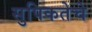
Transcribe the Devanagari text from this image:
सुपिकतेचे